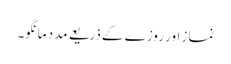
نماز اور روزے کے ذریعے مدد مانگو۔